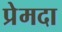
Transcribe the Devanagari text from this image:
प्रेमदा